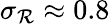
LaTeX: \sigma_{\mathcal{R}}\approx0.8